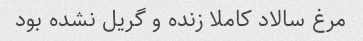
مرغ سالاد کاملا زنده و گریل نشده بود